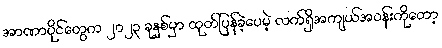
အာဏာပိုင်တွေက ၂၀၂၃ ခုနှစ်မှာ ထုတ်ပြန်ခဲ့ပေမဲ့ လက်ရှိအကျယ်အဝန်းကိုတော့